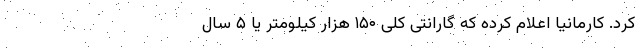
کرد. کارمانیا اعلام کرده که گارانتی کلی ۱۵۰ هزار کیلومتر یا ۵ سال